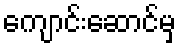
ကျောင်းဆောင်မှ